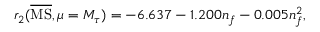
r _ { 2 } ( \overline { { \mathrm { M S } } } , \mu = M _ { \tau } ) = - 6 . 6 3 7 - 1 . 2 0 0 n _ { f } - 0 . 0 0 5 n _ { f } ^ { 2 } ,